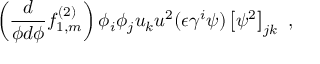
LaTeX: \left( \frac { d } { \phi d \phi } f _ { 1 , m } ^ { ( 2 ) } \right) \phi _ { i } \phi _ { j } u _ { k } u ^ { 2 } ( \epsilon \gamma ^ { i } \psi ) \left[ \psi ^ { 2 } \right] _ { j k } ~ ,